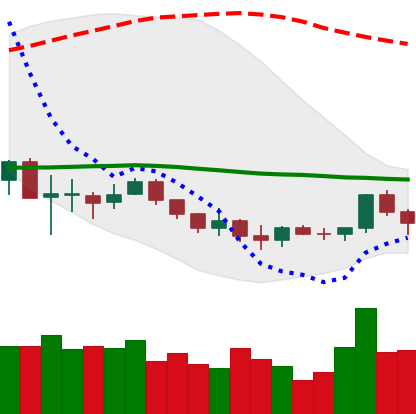
Ticker: LINK-USD
Chart end date: 2019-12-12
Forward return: -17.117%
Label: down_7plus